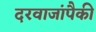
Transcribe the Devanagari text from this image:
दरवाजांपैकी